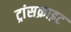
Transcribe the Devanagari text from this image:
ट्रांसक्राइट